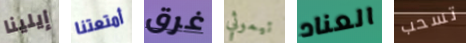
إيلينا أمتعتنا غرق تيموثي العناد تسحب